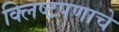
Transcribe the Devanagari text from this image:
क्लिष्टपणाचे